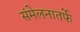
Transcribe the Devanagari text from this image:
संमेलनातर्फे